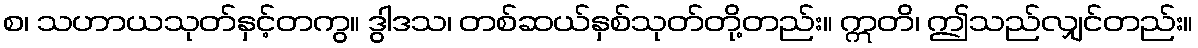
စ၊ သဟာယသုတ်နှင့်တကွ။ ဒွါဒသ၊ တစ်ဆယ်နှစ်သုတ်တို့တည်း။ ဣတိ၊ ဤသည်လျှင်တည်း။